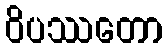
ဝိပဿတော